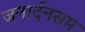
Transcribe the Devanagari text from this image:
जनार्दनसम